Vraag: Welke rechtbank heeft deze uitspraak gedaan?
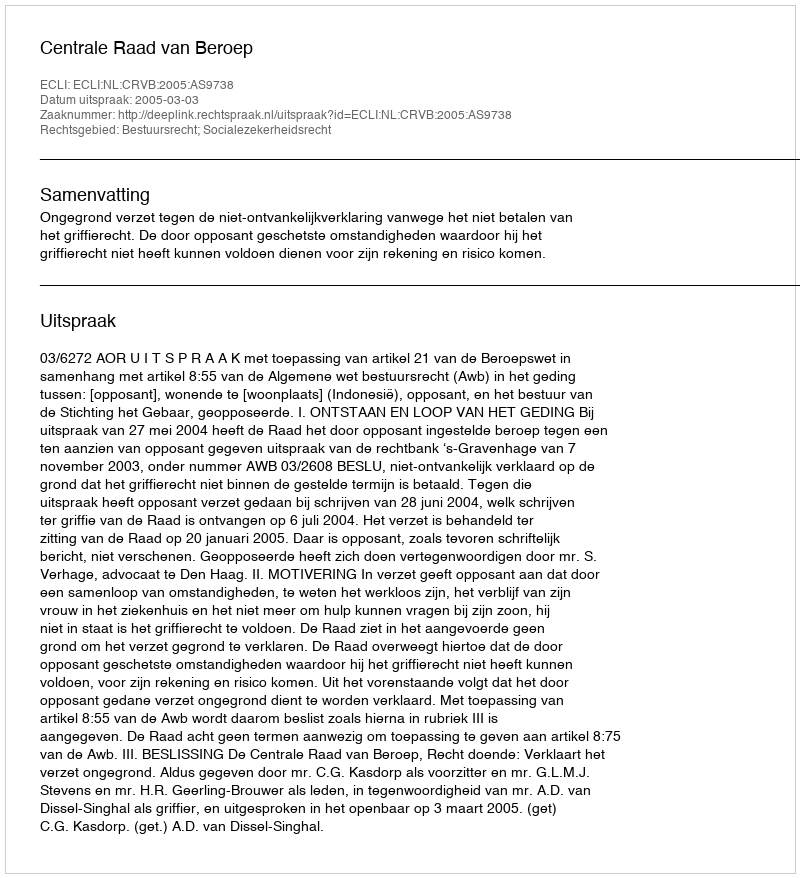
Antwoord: Centrale Raad van Beroep